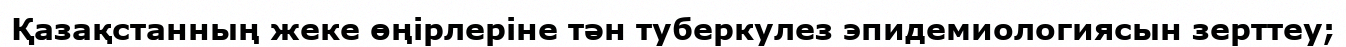
Қазақстанның жеке өңірлеріне тән туберкулез эпидемиологиясын зерттеу;